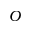
O